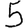
Digit: 5